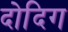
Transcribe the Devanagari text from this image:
दोदिग